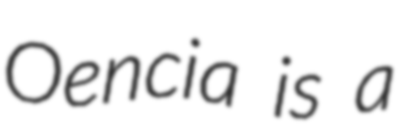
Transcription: Oencia is a